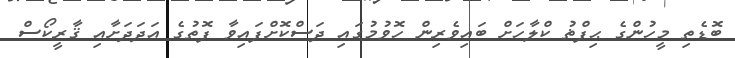
ބޮޑެތި މީހުންގެ ޙިފްޡު ކްލާހަށް ބައިވެރިން ހޮވުމުގައި ދަސްކޮށްފައިވާ ފޮތުގެ އަދަދަށާއި ޤާރީކޯސް